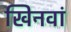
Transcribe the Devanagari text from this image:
खिनवां